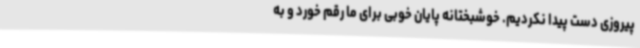
پیروزی دست پیدا نکردیم. خوشبختانه پایان خوبی برای ما رقم خورد و به